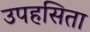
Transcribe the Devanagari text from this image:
उपहसिता